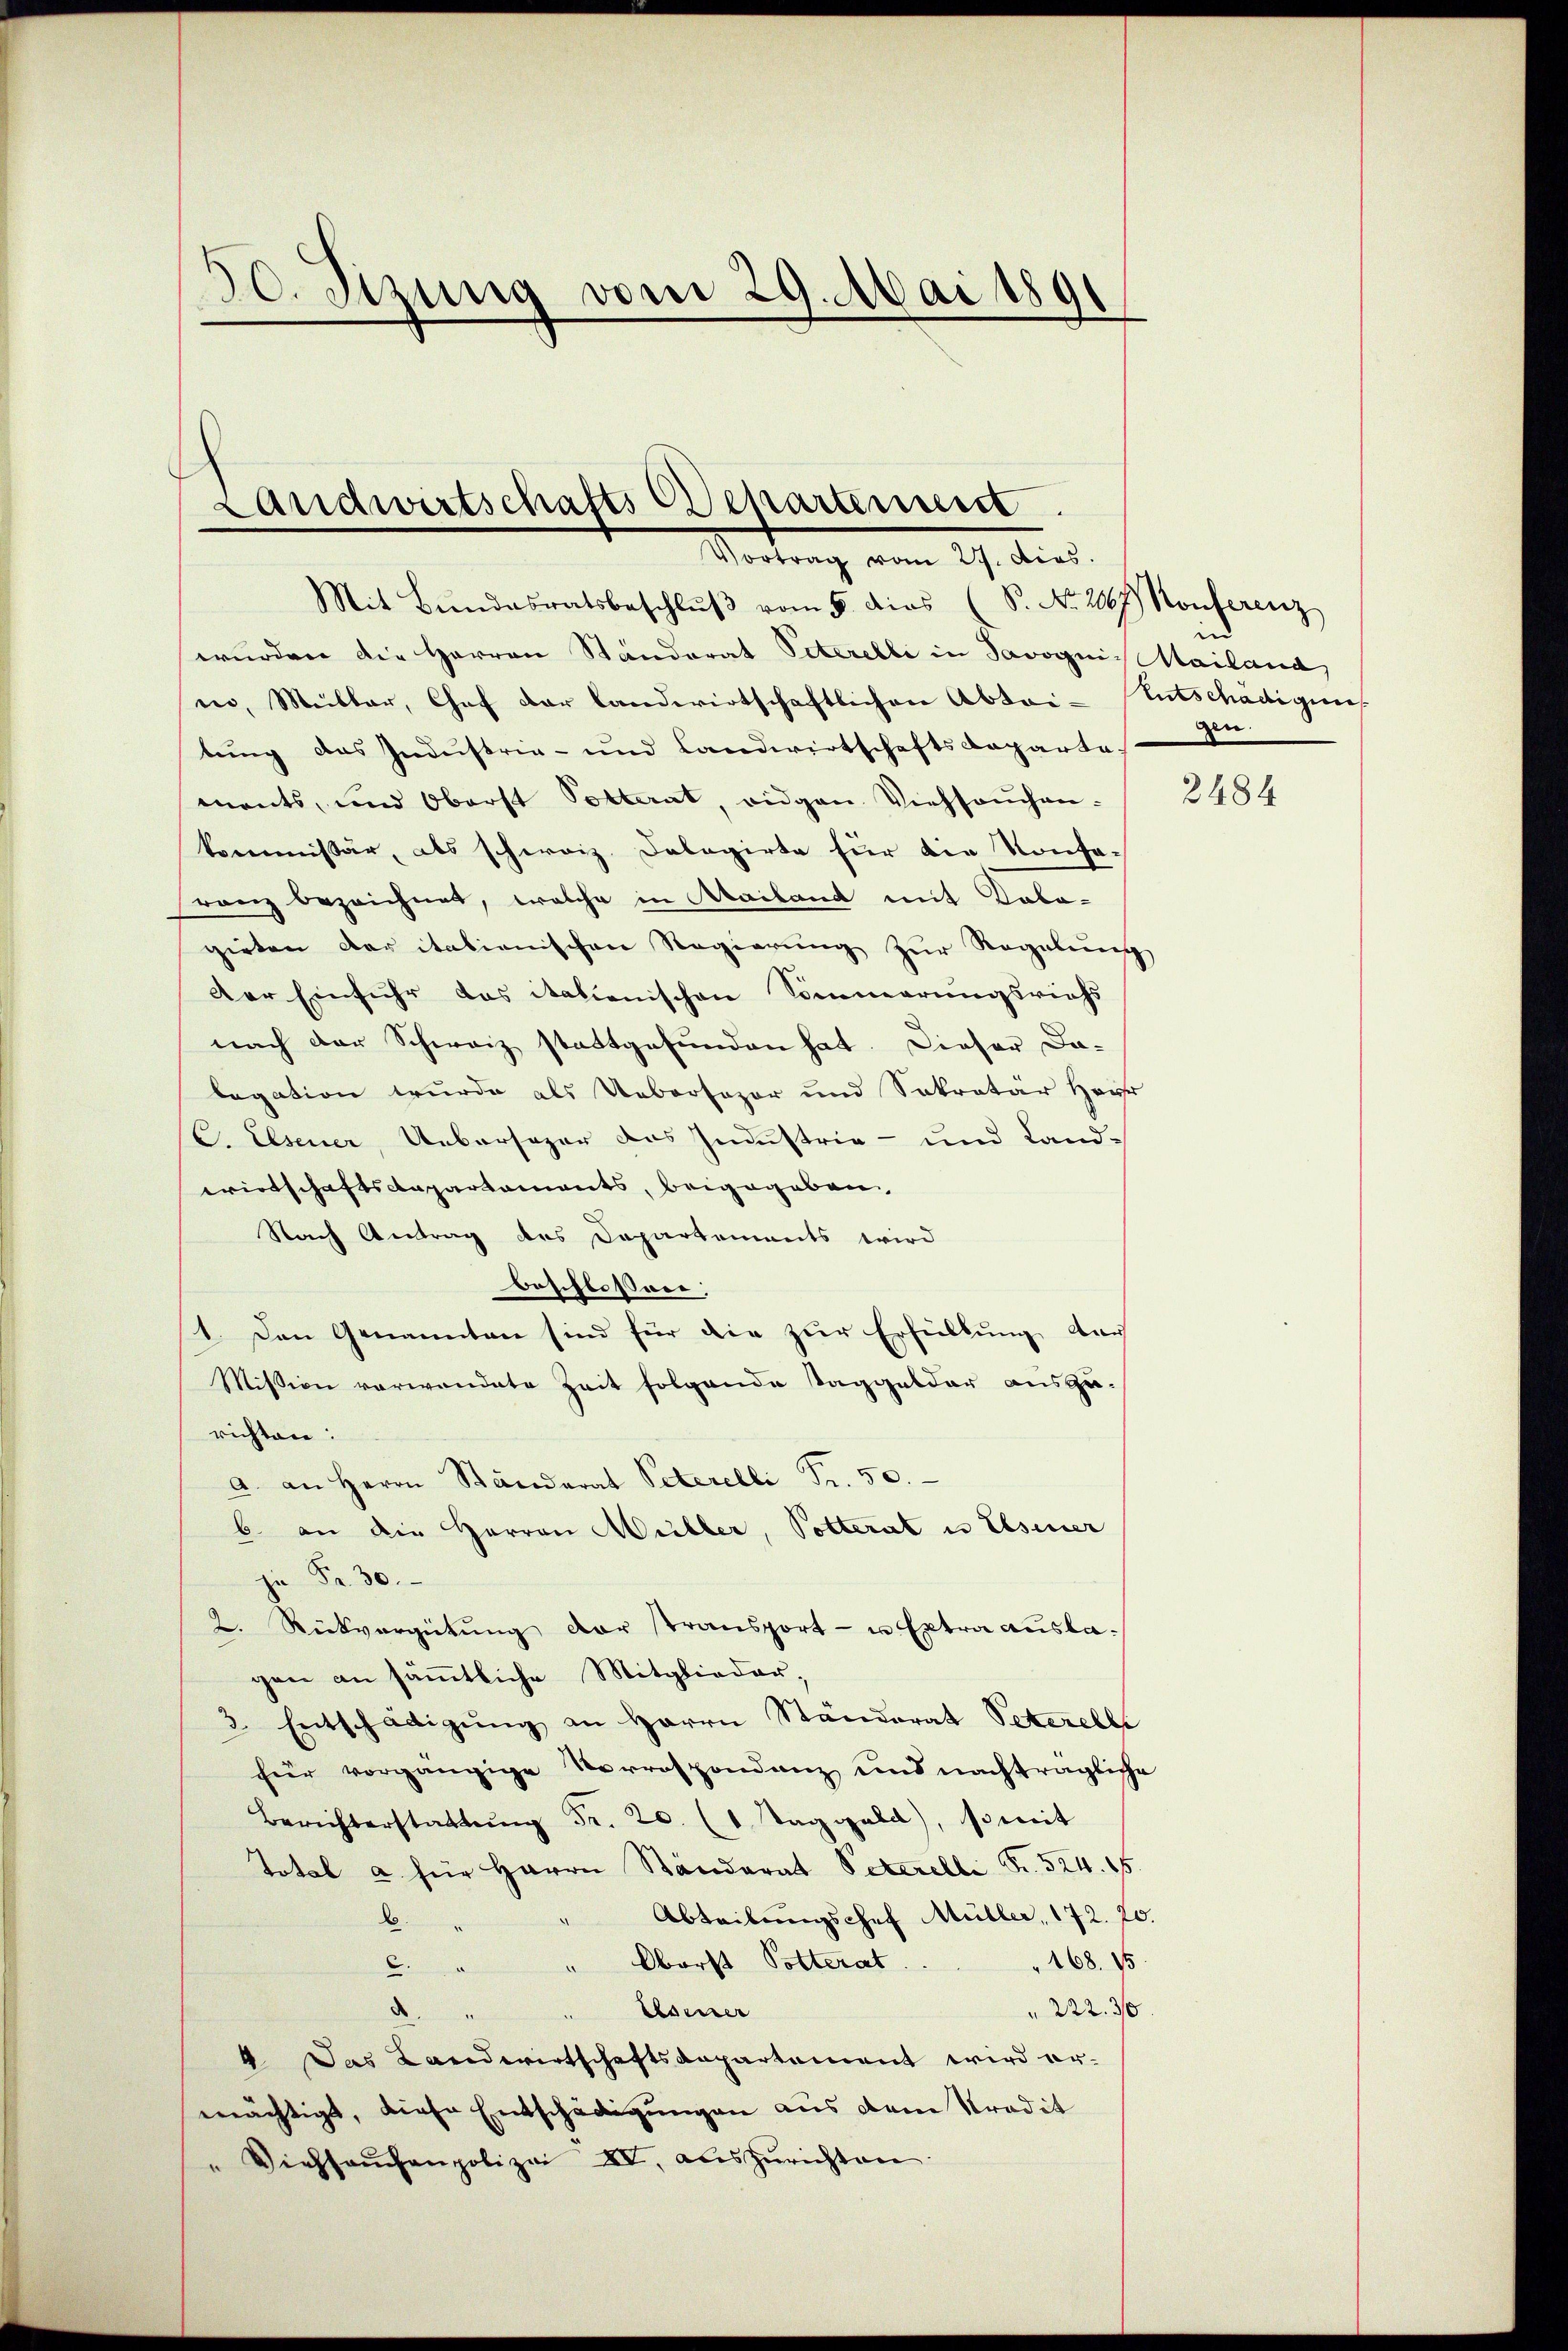
50. Sizung vom 29. Mai 1891

Landwirtschafts Departenum
Vortrag vom 19. dies

Mit Bŭndesratsbeschlŭβ vom 5. dies (S. Nr. 2067) Konferenz
wurden die Herren Ständerat Peterelli in Javogni Mailand,
in, Müller, Chef der landwirtschaftlichen Abtei- Entschädigung
tung das Industrie- und Landwirtschaftsdeparte
ments, und Oberst Potterat, eidgen Viehseuchen-
kommissär, als schweiz. Dalagirte für die Konfa-
ranz bezeichnet, welche in Mailand mit Kobo-
girten der italienischen Regierung zur Regelung
Der Einfuhr das italienischen Sommerungsrichs
nach der Schweiz stattgefunden hat. Dieser Da-
legation wurde als Ueberfozor und Sekretär Haus
C. Elsener, Uebersager das Industrie- und Land-
wirtschaftsapartements, beigegeben,
Nach Antrag des Departements wird
beschlossner:
1. Den Genannten sind für die zur Erfüllung der
Mission verwendete Zeit folgende Taggelder auszurichten:
a. an Herrn Ständerat Peterelli Fr. 50.
b. an die Herren Müller, Potterat u. Elsener
" Fr. 30.
2. Rückvergütung der transport- u. Extra auslagen an säṁtliche Mitglieder,
3. Entschädigŭng an Herrn Ständerat Peterelle
fier vorgängige Verrospondanz und nachträgliche
Berichterstattŭng Fr. 20. (1 Taggeld, somit
Total u. für Herrn Ständerat Peterelli S. 524. 15.
" Abteilŭngschef Müller, 172. 20.
168. 15
" Oberst Potterat.
2.
lesener
" 222. 36.
4. Das Landwirtschaftsdepartement wird er-
mächtigt, diese Entschädigungen aus dem Kredit
" Viehhaŭsenpolizei XV., als zŭrichten.

un
gen.

2484